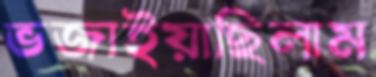
ভজাইয়াছিলাম